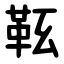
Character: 䩘